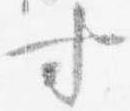
寸